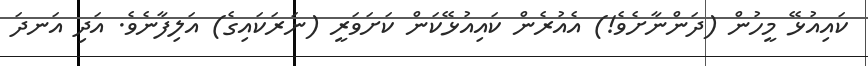
ކައިއުޅޭ މީހުން (ދަންނާށެވެ!) އެއުރެން ކައިއުޅޭކަން ކަށަވަރީ (ނަރަކައިގެ) އަލިފާނެވެ. އަދި އަނދަ